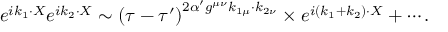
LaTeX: e ^ { i k _ { 1 } \cdot X } e ^ { i k _ { 2 } \cdot X } \sim \left( \tau - \tau ^ { \prime } \right) ^ { 2 \alpha ^ { \prime } g ^ { \mu \nu } k _ { 1 \mu } \cdot k _ { 2 \nu } } \times e ^ { i \left( k _ { 1 } + k _ { 2 } \right) \cdot X } + \cdots .